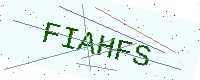
Text: FIAHFS